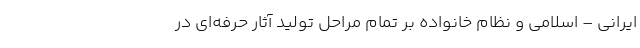
ایرانی – اسلامی و نظام خانواده بر تمام مراحل تولید آثار حرفه‌ای در